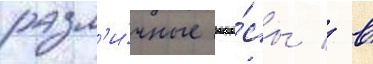
разл'и́чные вопро́сы / в